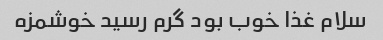
سلام غذا خوب بود گرم رسید خوشمزه